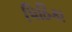
પિઠિકા